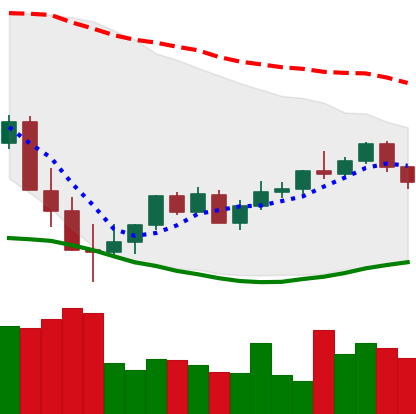
Ticker: XMR-USD
Chart end date: 2022-05-27
Forward return: 10.133%
Label: up_7plus